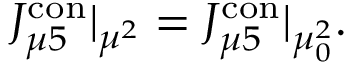
J _ { \mu 5 } ^ { \mathrm { c o n } } | _ { \mu ^ { 2 } } = J _ { \mu 5 } ^ { \mathrm { c o n } } | _ { \mu _ { 0 } ^ { 2 } } .